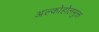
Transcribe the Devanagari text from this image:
अल्कोहोलमुक्त